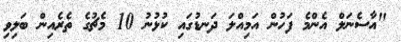
"އާސެނަލް އެންމެ ފަހުން އަމިއްލަ ދަނޑުގައި ކުޅުނު 10 މެޗުގެ ތެރެއިން ބަލިވި